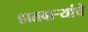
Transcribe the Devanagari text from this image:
हातवार्‍यांचे